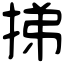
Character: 挮